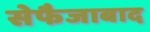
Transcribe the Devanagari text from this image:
सेफैजाबाद